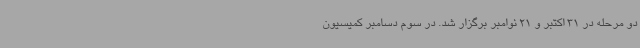
دو مرحله در 31 اکتبر و 21 نوامبر برگزار شد. در سوم دسامبر کمیسیون